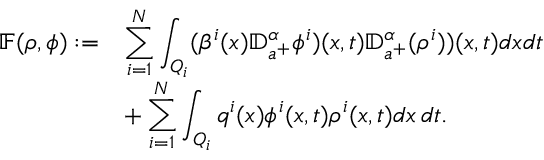
\begin{array} { r l } { \mathbb { F } ( \rho , \phi ) : = } & { \displaystyle \sum _ { i = 1 } ^ { N } \int _ { Q _ { i } } ( \beta ^ { i } ( x ) { \mathbb D } _ { a ^ { + } } ^ { \alpha } \phi ^ { i } ) ( x , t ) { \mathbb D } _ { a ^ { + } } ^ { \alpha } ( \rho ^ { i } ) ) ( x , t ) d x d t } \\ & { + \displaystyle \sum _ { i = 1 } ^ { N } \int _ { Q _ { i } } q ^ { i } ( x ) \phi ^ { i } ( x , t ) \rho ^ { i } ( x , t ) d x \, d t . } \end{array}